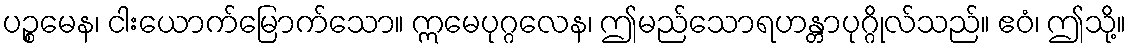
ပဉ္စမေန၊ ငါးယောက်မြောက်သော။ ဣမေပုဂ္ဂလေန၊ ဤမည်သောရဟန္တာပုဂ္ဂိုလ်သည်။ ဧဝံ၊ ဤသို့။